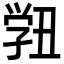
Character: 𭓓